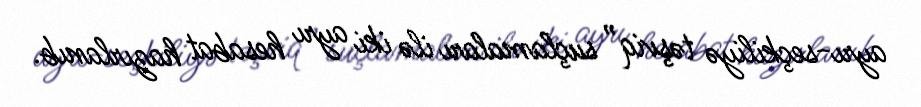
ayrı-seçkiliyə təşviq” suçlamaları ilə iki ayrı hesabat hazırlanıb.